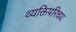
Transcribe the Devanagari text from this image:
व्यक्तिपरिचय